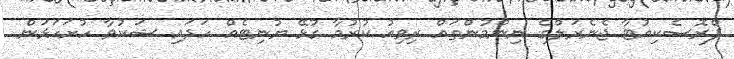
ޕްރޮސެކިއުޓާ ޖެނެރަލްގެ ނިންމުންތައް ރިވިއު ކުރުމާ ގުޅޭ ޔުނިޓެއް ހަދައި ޝަކުވާ ހުށަހަޅަން